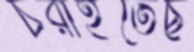
চরাইতেছ